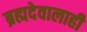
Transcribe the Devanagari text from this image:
ब्रह्मदेवालाही